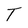
Character: T